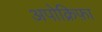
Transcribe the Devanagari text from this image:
अपोक्रिफ़ा